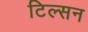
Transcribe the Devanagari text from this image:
टिल्सन